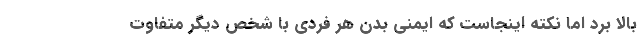
بالا برد اما نکته اینجاست که ایمنی بدن هر فردی با شخص دیگر متفاوت